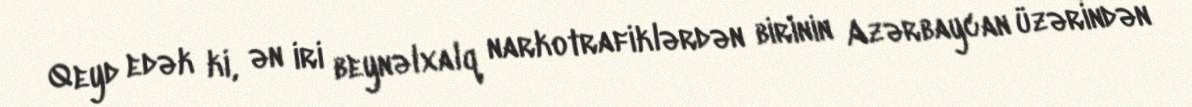
Qeyd edək ki, ən iri beynəlxalq narkotrafiklərdən birinin Azərbaycan üzərindən